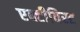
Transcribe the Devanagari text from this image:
एक्टीविस्ट